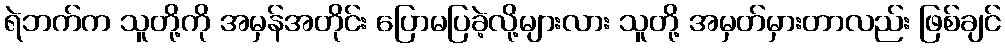
ရဲဘက်က သူတို့ကို အမှန်အတိုင်း ပြောမပြခဲ့လို့များလား သူတို့ အမှတ်မှားတာလည်း ဖြစ်ချင်